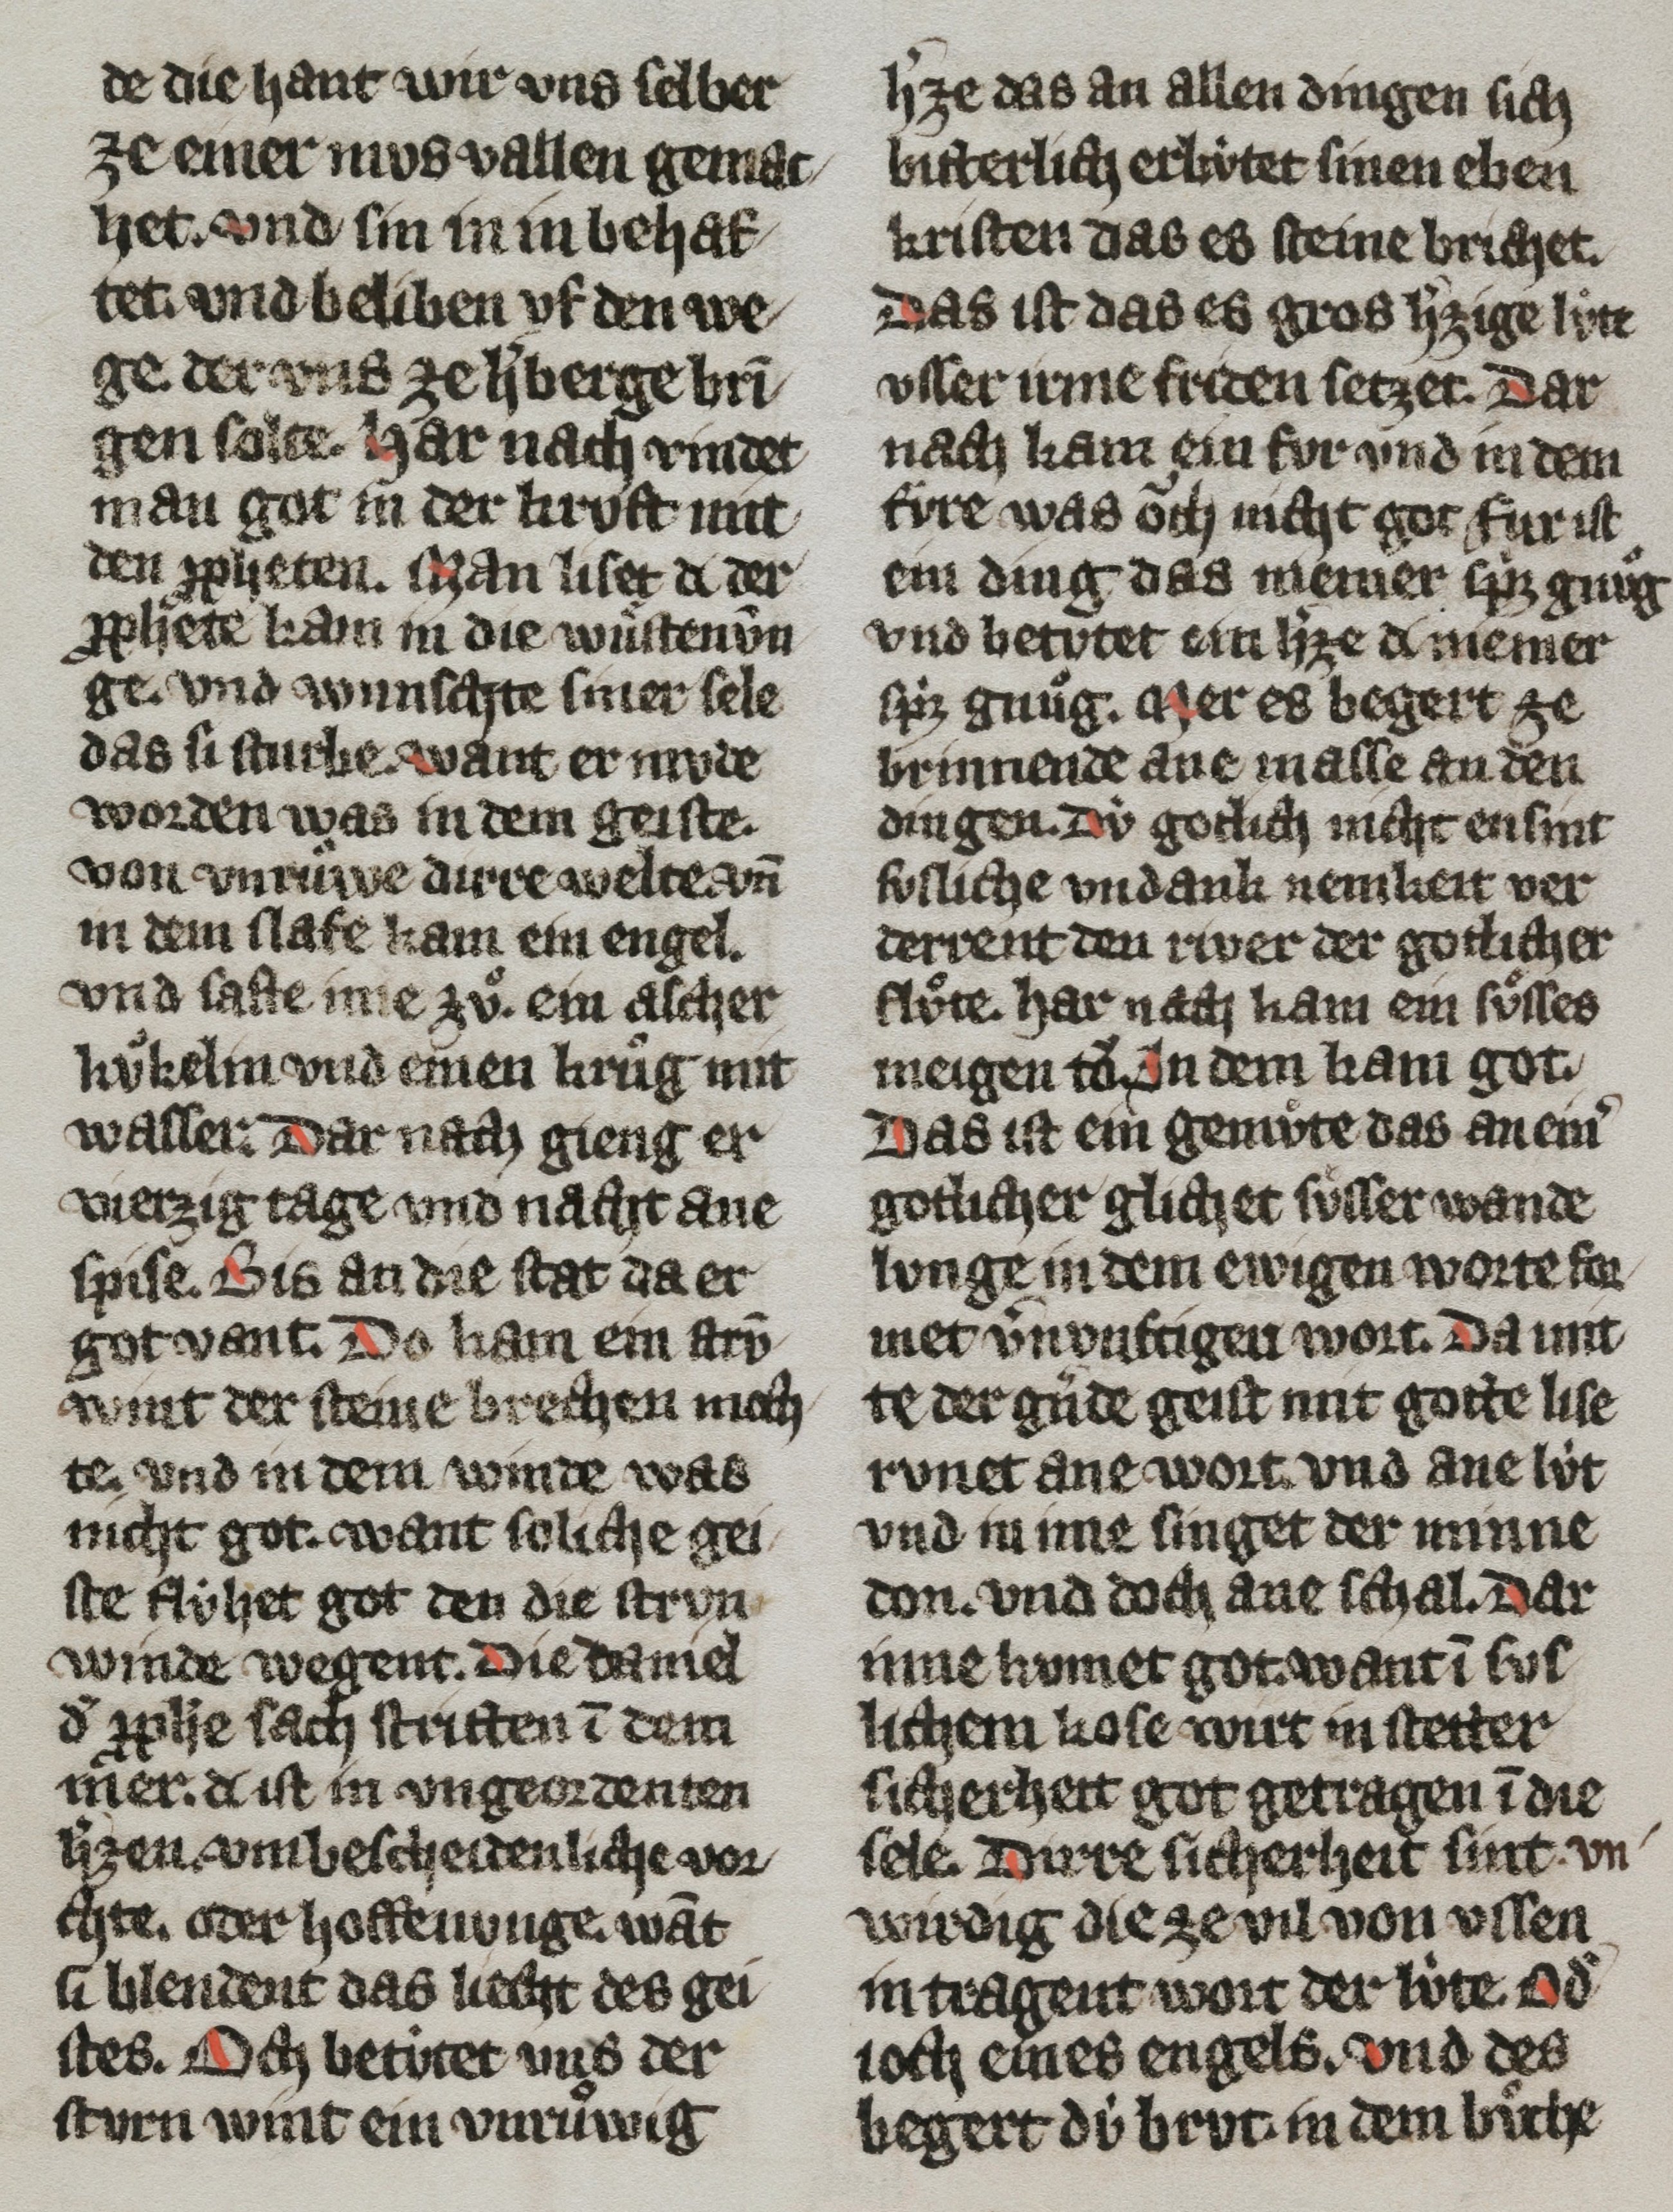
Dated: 1300–1399